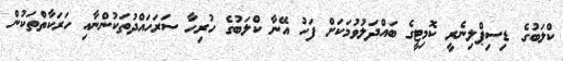
ކްލަބުގެ ޑިސިޕްލިނެރީ ކޮމިޓީގެ ބައްދަލުވުމަކަށް ފަހު އޭނާ ކްލަބުގެ ހުރިހާ ސަރަހައްދުތަކުންނާއި ހަރަކާތްތަކުން